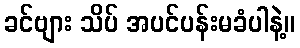
ခင်ဗျား သိပ် အပင်ပန်းမခံပါနဲ့။